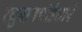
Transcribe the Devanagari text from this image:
रघुनाथपंडिताने